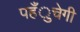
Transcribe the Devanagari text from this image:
पहँुचेगी